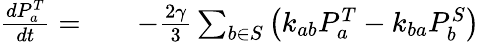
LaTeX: \begin{array}{rlr}{\frac{dP_{a}^{T}}{dt}=}&{{}}&{-\frac{2\gamma}{3}\sum_{b\in S}\left(k_{ab}P_{a}^{T}-k_{ba}P_{b}^{S}\right)}\end{array}